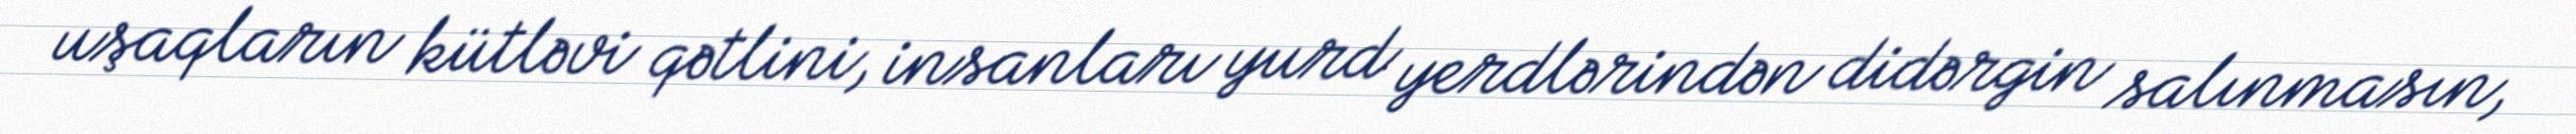
uşaqların kütləvi qətlini, insanları yurd yerdlərindən didərgin salınmasın,